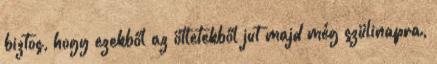
biztos, hogy ezekből az ötletekből jut majd még szülinapra,